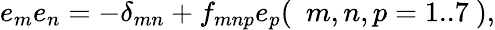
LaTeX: e_{m}e_{n}=-\delta_{mn}+f_{mnp}e_{p}(~{\ m,n,p=1..7}~),